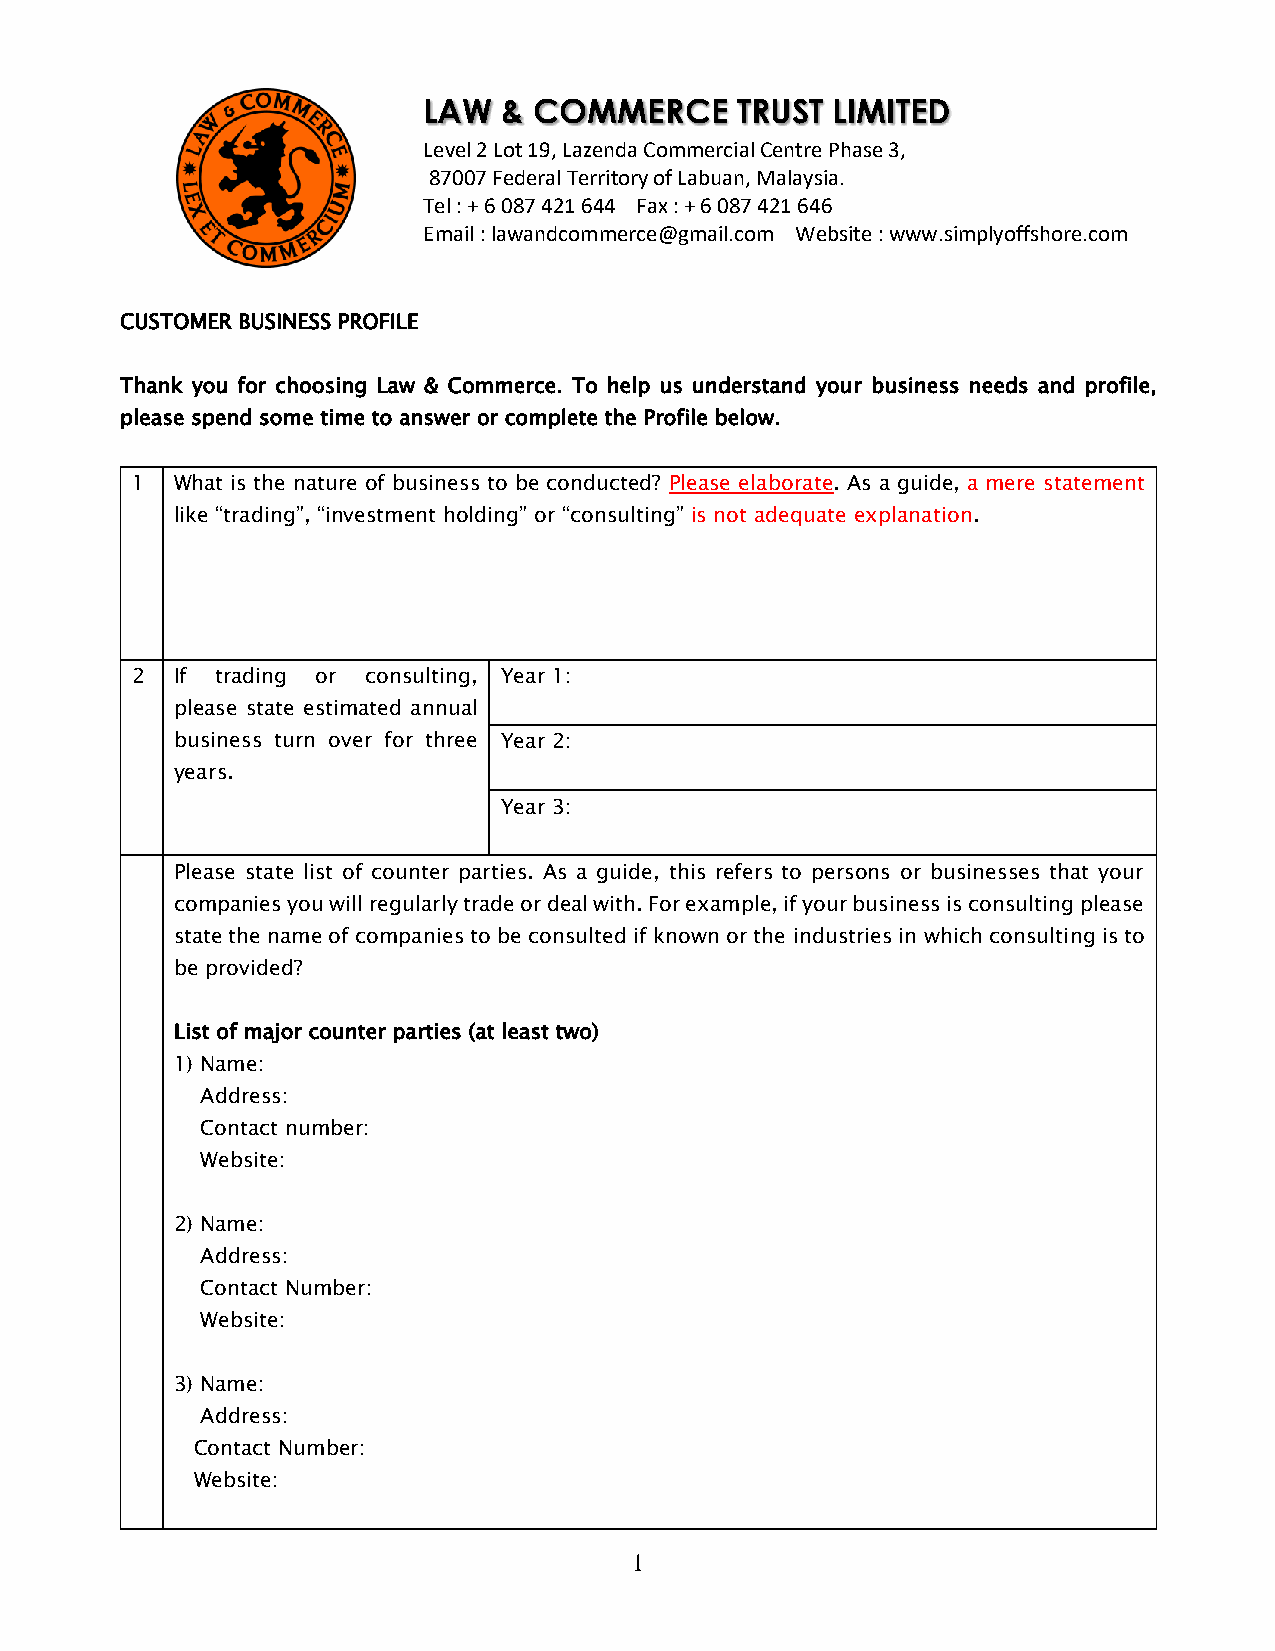
LAW  & COMMERCE      TRUST LIMITED
 Level 2 Lot 19, Lazenda Commercial Centre Phase 3,
 87007 Federal Territory of Labuan, Malaysia.
 Tel : + 6 087 421 644 Fax : + 6 087 421 646
 Email : lawandcommerce@gmail.com Website : www.simplyoffshore.com
 CUSTOMER BUSINESS PROFILE
 Thank you for choosing Law & Commerce. To help us understand your business needs and profile,
 please spend some time to answer or complete the Profile below.
 1  What is the nature of business to be conducted? Please elaborate. As a guide, a mere statement
 like “trading”, “investment holding” or “consulting” is not adequate explanation.
 2  If trading or consulting, Year 1:
 please state estimated annual
 business turn over for three Year 2:
 years.
 Year 3:
 Please state list of counter parties. As a guide, this refers to persons or businesses that your
 companies you will regularly trade or deal with. For example, if your business is consulting please
 state the name of companies to be consulted if known or the industries in which consulting is to
 be provided?
 List of major counter parties (at least two)
 1) Name:
 Address:
 Contact number:
 Website:
 2) Name:
 Address:
 Contact Number:
 Website:
 3) Name:
 Address:
 Contact Number:
 Website:
 1